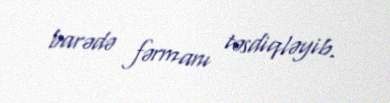
barədə fərmanı təsdiqləyib.